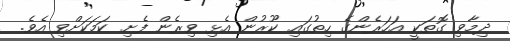
ދިމާވި ގޮތަކީ އަހަރެންގެ ހިތުގައި ކޫރުން އެޅި ވިރެން ފެށި ކަމަކަށްވި އެވެ.